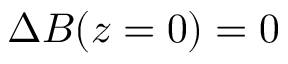
\Delta B ( z = 0 ) = 0